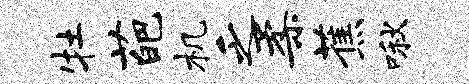
牡葩机乏柔蕉啾